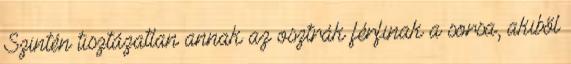
Szintén tisztázatlan annak az osztrák férfinak a sorsa, akiből